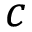
c